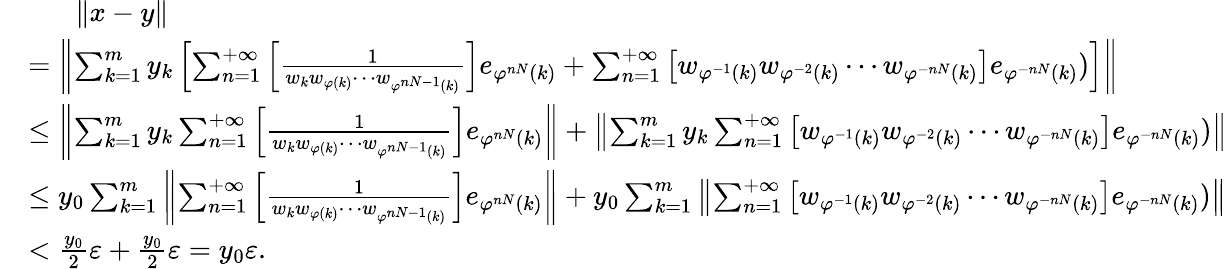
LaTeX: \begin{array}{rl}&{\mathrm{\quad~\, ~}\lVert x-y\rVert}\\ &{=\left\lVert\sum_{k=1}^{m}{y_{k}\left[\sum_{n=1}^{+\infty}{\left[\frac{1}{w_{k}w_{\varphi(k)}\cdots w_{\varphi^{nN-1}(k)}}\right]e_{\varphi^{nN}(k)}}+\sum_{n=1}^{+\infty}{\left[w_{\varphi^{-1}(k)}w_{\varphi^{-2}(k)}\cdots w_{\varphi^{-nN}(k)}\right]e_{\varphi^{-nN}(k)}})\right]}\right\rVert}\\ &{\le\left\lVert\sum_{k=1}^{m}{y_{k}\sum_{n=1}^{+\infty}{\left[\frac{1}{w_{k}w_{\varphi(k)}\cdots w_{\varphi^{nN-1}(k)}}\right]e_{\varphi^{nN}(k)}}}\right\rVert+\left\lVert{\sum_{k=1}^{m}{y_{k}\sum_{n=1}^{+\infty}{\left[w_{\varphi^{-1}(k)}w_{\varphi^{-2}(k)}\cdots w_{\varphi^{-nN}(k)}\right]e_{\varphi^{-nN}(k)}})}}\right\rVert}\\ &{\le y_{0}\sum_{k=1}^{m}{\left\lVert\sum_{n=1}^{+\infty}{\left[\frac{1}{w_{k}w_{\varphi(k)}\cdots w_{\varphi^{nN-1}(k)}}\right]e_{\varphi^{nN}(k)}}\right\rVert}+y_{0}\sum_{k=1}^{m}{\left\lVert{\sum_{n=1}^{+\infty}{\left[w_{\varphi^{-1}(k)}w_{\varphi^{-2}(k)}\cdots w_{\varphi^{-nN}(k)}\right]e_{\varphi^{-nN}(k)}})}\right\rVert}}\\ &{<\frac{y_{0}}{2}\varepsilon+\frac{y_{0}}{2}\varepsilon=y_{0}\varepsilon.}\end{array}